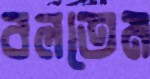
বলতেম